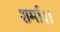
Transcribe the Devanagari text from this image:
शर्मा।।